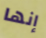
إنها